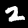
Digit: 2